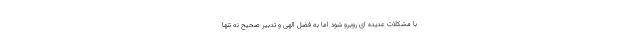
با مشکلات عدیده ای روبرو شود اما به فضل الهی و تدبیر صحیح نه تنها